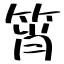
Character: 筲